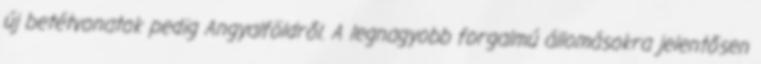
új betétvonatok pedig Angyalföldről. A legnagyobb forgalmú állomásokra jelentősen